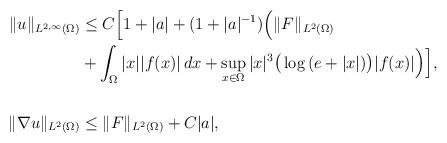
LaTeX: \begin{align*}\|u\|_{L^{2,\infty}(\Omega)}&\leq C\Big[1+|a|+(1+|a|^{-1})\Big(\|F\|_{L^2(\Omega)} \\&+\int_{\Omega}|x||f(x)|\,dx+\sup_{x\in\Omega}|x|^3\big(\log\,(e+|x|)\big)|f(x)|\Big)\Big], \\&\\\|\nabla u\|_{L^2(\Omega)}&\leq \|F\|_{L^2(\Omega)}+C|a|,\end{align*}